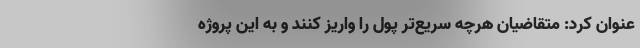
عنوان کرد: متقاضیان هرچه سریع‌تر پول را واریز کنند و به این پروژه